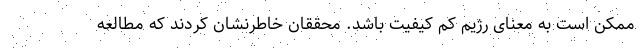
ممکن است به معنای رژیم کم کیفیت باشد. محققان خاطرنشان کردند که مطالعه